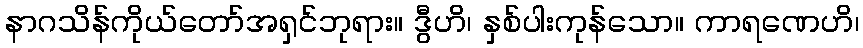
နာဂသိန်ကိုယ်တော်အရှင်ဘုရား။ ဒွီဟိ၊ နှစ်ပါးကုန်သော။ ကာရဏေဟိ၊